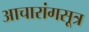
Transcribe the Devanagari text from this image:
आचारांगसूत्र